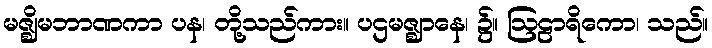
မဇ္ဈိမဘာဏကာ ပန၊ တို့သည်ကား။ ပဌမဇ္ဈာနေ၊ ၌။ ဩဠာရိကော၊ သည်။